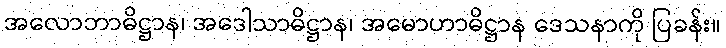
အလောဘာဓိဋ္ဌာန၊ အဒေါသာဓိဋ္ဌာန၊ အမောဟာဓိဋ္ဌာန ဒေသနာကို ပြခန်း။